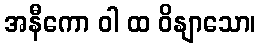
အနီကော ဝါ ထ ဝိနျာသော၊